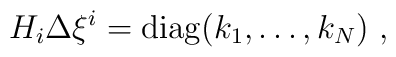
H_i \Delta \xi^i ={\rm diag}(k_1,\ldots,k_N)~,